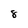
Character: 8